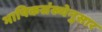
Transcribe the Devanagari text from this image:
भाषिकसंख्येनुसार